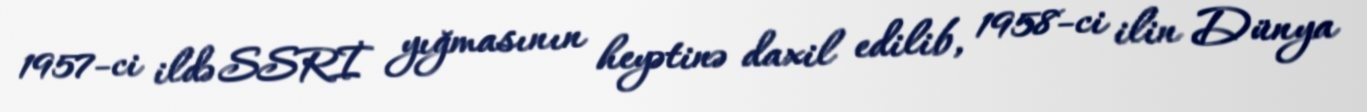
1957-ci ildə SSRİ yığmasının heyətinə daxil edilib, 1958-ci ilin Dünya